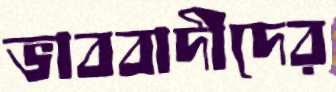
ভাববাদীদের